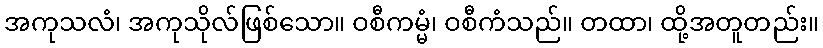
အကုသလံ၊ အကုသိုလ်ဖြစ်သော။ ဝစီကမ္မံ၊ ဝစီကံသည်။ တထာ၊ ထို့အတူတည်း။